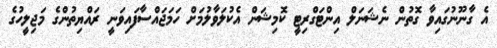
އެ ގާނޫނުގައިވާ ގޮތުން ނެޝަނަލް އިންޓަގްރިޓީ ކޮމިޝަން އެކުލަވާލުމަށް ހަމަޖައްސާފައިވަނީ ރައްޔިތުންގެ މަޖިލީހުގެ